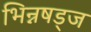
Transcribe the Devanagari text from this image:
भिन्नषड्ज